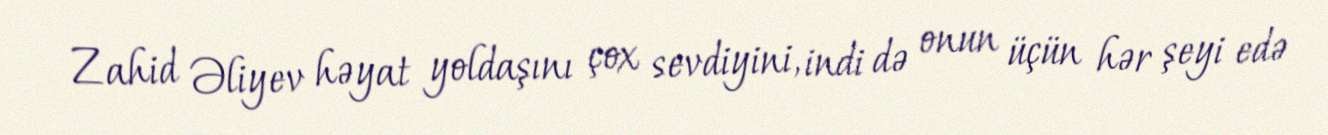
Zahid Əliyev həyat yoldaşını çox sevdiyini, indi də onun üçün hər şeyi edə